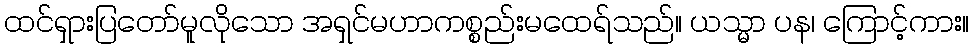
ထင်ရှားပြတော်မူလိုသော အရှင်မဟာကစ္စည်းမထေရ်သည်။ ယသ္မာ ပန၊ ကြောင့်ကား။